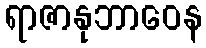
ရာဇာနုဘာဝေန